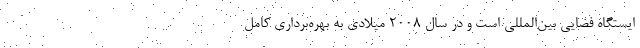
ایستگاه فضایی بین‌المللی است و در سال ۲۰۰۸ میلادی به بهره‌برداری کامل